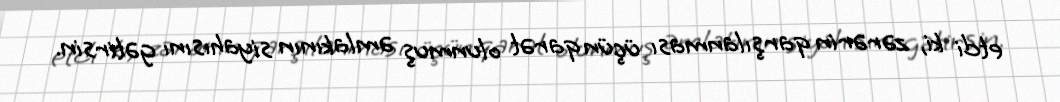
etdi ki, zərərin qarşılanması üçün qarət olunmuş əmlakının siyahısını gətirsin.